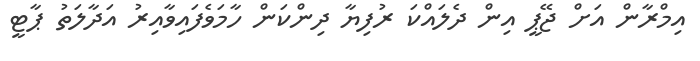
އިމްރާން އަށް ޖޭޕީ އިން ދެލައްކަ ރުފިޔާ ދިންކަން ހާމަވެފައިވާއިރު އަދާލަތު ޕާޓީ